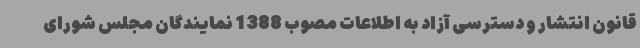
قانون انتشار و دسترسی آزاد به اطلاعات مصوب 1388 نمایندگان مجلس شورای